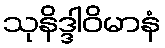
သုနိဒ္ဒါဝိမာနံ